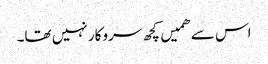
اس سے ھمیں کچھ سروکار نہیں تھا۔